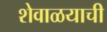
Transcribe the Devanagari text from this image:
शेवाळयाची